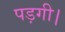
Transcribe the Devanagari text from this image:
पड़गी।